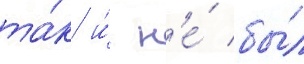
та́к и́ н'е́ бы́л